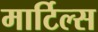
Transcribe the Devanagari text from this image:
मार्टिल्स